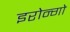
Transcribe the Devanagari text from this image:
इरोन्गो